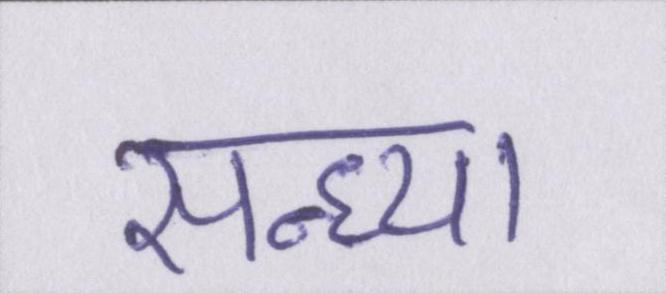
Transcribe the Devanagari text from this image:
सन्ध्या